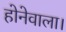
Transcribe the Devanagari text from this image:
होनेवाला।